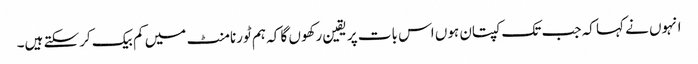
انہوں نے کہا کہ جب تک کپتان ہوں اس بات پر یقین رکھوں گا کہ ہم ٹورنامنٹ میں کم بیک کرسکتے ہیں۔